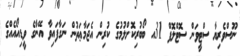
ނޫސްވެރިޔާ ސްޓީވަން ސޮޓްލޮފް 31އ ބޯބުރިކޮށްލުމުގެ ކުރިން އެޖަމާޢަތުން ނަގާފައިވާ އޭނާގެ ވީޑިއޯއެއްގެ